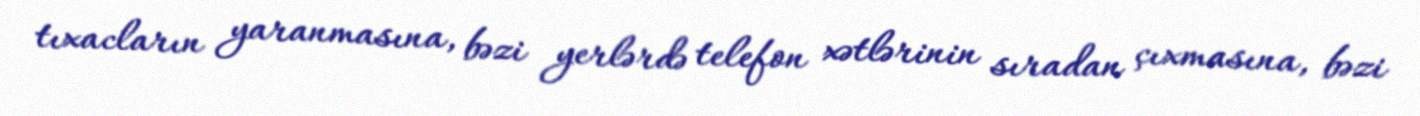
tıxacların yaranmasına, bəzi yerlərdə telefon xətlərinin sıradan çıxmasına, bəzi